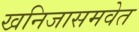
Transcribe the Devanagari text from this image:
खनिजासमवेत